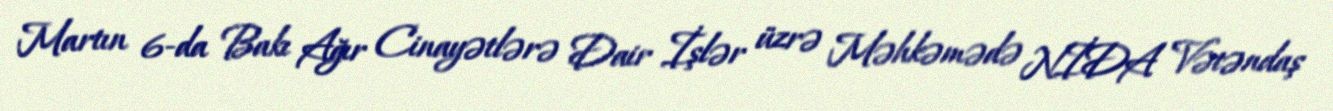
Martın 6-da Bakı Ağır Cinayətlərə Dair İşlər üzrə Məhkəmədə NİDA Vətəndaş